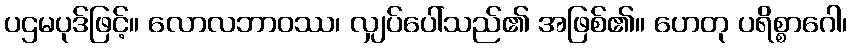
ပဌမပုဒ်ဖြင့်။ လောလဘာဝဿ၊ လျှပ်ပေါ်သည်၏ အဖြစ်၏။ ဟေတု ပရိစ္စာဂေါ၊